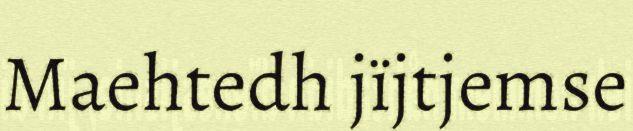
Maehtedh jïjtjemse